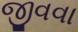
જીવવા